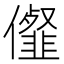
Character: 㒠